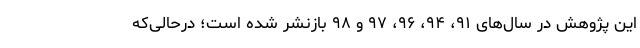
این پژوهش در سال‌های ۹۱، ۹۴، ۹۶، ۹۷ و ۹۸ بازنشر شده است؛ درحالی‌که